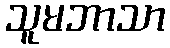
သူမဘာသာ